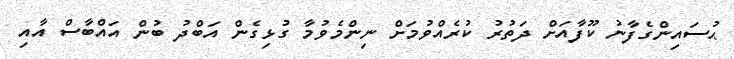
ޙުސައިންގެފާނު ކޫފާއަށް ދަތުރު ކުރެއްވުމަށް ނިންމެވުމާ ގުޅިގެން އަބްދު ބުން އައްބާސް އާއި